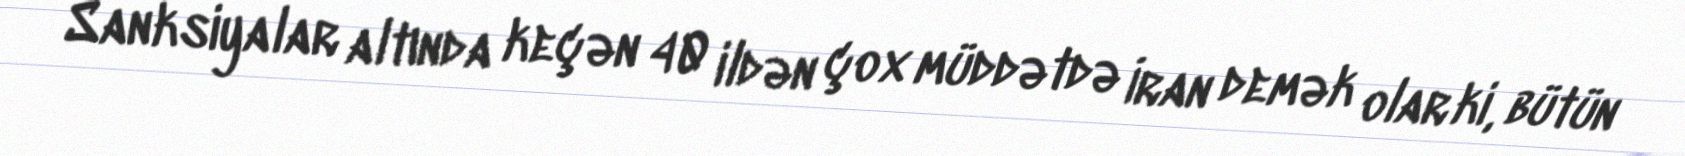
Sanksiyalar altında keçən 40 ildən çox müddətdə İran demək olar ki, bütün